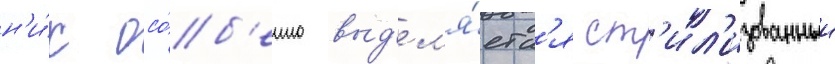
н'и́х осо́б'енно выд'ел'я́етс'я ст'ил'изованныи